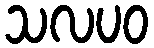
သလပဝ